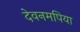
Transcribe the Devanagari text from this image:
देवनमपिया